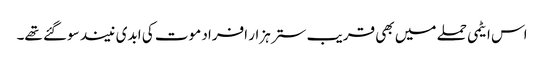
اس ایٹمی حملے میں بھی قریب ستر ہزار افراد موت کی ابدی نیند سوگئے تھے۔